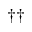
\dagger \dagger